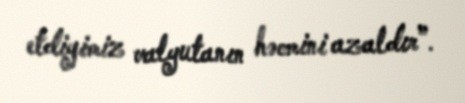
etdiyimiz valyutanın həcmini azaldır”.